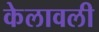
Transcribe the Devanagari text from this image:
केलावली